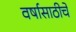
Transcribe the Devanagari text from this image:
वर्षासाठीचे